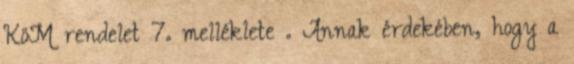
KöM rendelet 7. melléklete . Annak érdekében, hogy a